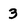
Character: 3